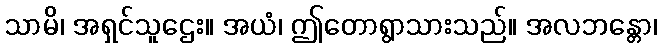
သာမိ၊ အရှင်သူဌေး။ အယံ၊ ဤတောရွာသားသည်။ အလဘန္တော၊